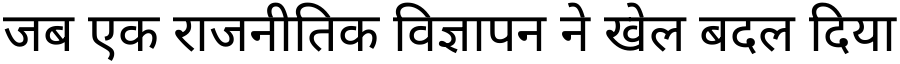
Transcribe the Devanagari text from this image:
जब एक राजनीतिक विज्ञापन ने खेल बदल दिया